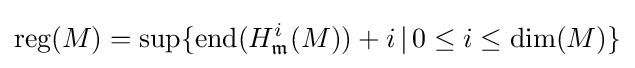
{\text{reg}}(M)={\text{sup}}\{{\text{end}}(H_{\mathfrak {m}}^{i}(M))+i\,|\,0\leq i\leq {\text{dim}}(M)\}